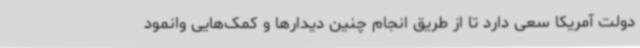
دولت آمریکا سعی دارد تا از طریق انجام چنین دیدارها و کمک‌هایی وانمود